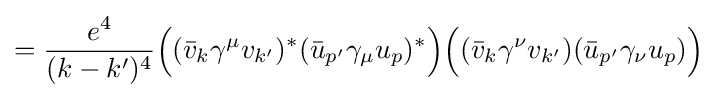
={\frac {e^{4}}{(k-k')^{4}}}{\Big (}({\bar {v}}_{k}\gamma ^{\mu }v_{k'})^{*}({\bar {u}}_{p'}\gamma _{\mu }u_{p})^{*}{\Big )}{\Big (}({\bar {v}}_{k}\gamma ^{\nu }v_{k'})({\bar {u}}_{p'}\gamma _{\nu }u_{p}){\Big )}